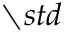
\setminus s t d